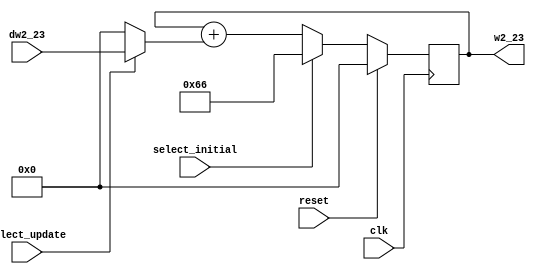
`timescale 1ns / 1ps
//////////////////////////////////////////////////////////////////////////////////
// Company: Kyushu Institute of Technology
// 
// Design Name:    Neural Network (using backpropagation)
// Module Name:    w2_23
// Project Name:   LSI Design Contest in Okinawa 2018
// Target Devices: 
// Tool versions: 
//
// Description: 
//		Calculation of w2_23, when the select initial signal is active, 
// 	    the output will be the initial value of w2_23, and when the select update 
//		signal is active, the output will be the new value of w2_23
//	Input: 
//		clk	    : 1 bit
//		reset	: 1 bit : high active
//		dw2_23	: 16 bits 00_0000.0000_0000_00 signed	 : delta weight2_23
//		select_initial	: 1 bit	: high active
//		select_update	: 1 bit	: high active
//	Output:
//		w2_23	: 16 bits 00_0000.0000_0000_00 signed : weight2_23
// Dependencies: 
//
// Revision: 
// Revision 0.01 - File Created
// Additional Comments: 
//
//////////////////////////////////////////////////////////////////////////////////
module w2_23(clk, reset, dw2_23, select_initial, select_update, w2_23);
	
	input clk, reset;
	input select_initial, select_update;
	input signed [15:0] dw2_23;
	output signed [15:0] w2_23;
	
	reg signed [15:0] zero = 16'b0;
	reg signed [15:0] w2_23;
	reg signed [15:0] init_w2_23 = 16'b00_0000_0001_1001_10;   //initial w2_23 = 0.1
	reg signed [15:0] net1, net2;
	
	always @(posedge clk)
		begin
			if(reset==1)
				begin
					net1=0;
					net2=0;
					w2_23=0;
				end
			else
				begin
					net1 = select_update? dw2_23 : zero;
					net2 = w2_23 + net1;
					w2_23 = select_initial? init_w2_23 : net2;
				end
		end
endmodule